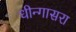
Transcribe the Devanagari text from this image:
धीन्गासरा